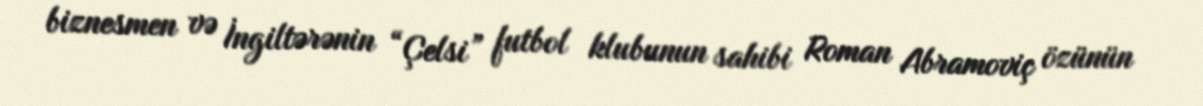
biznesmen və İngiltərənin “Çelsi” futbol klubunun sahibi Roman Abramoviç özünün